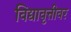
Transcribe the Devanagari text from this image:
विद्यावृत्तीवर